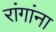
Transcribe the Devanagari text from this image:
रांगांना